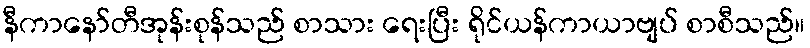
နီကာနော်တီအုန်းစုန်သည် စာသား ရေးပြီး ရိုင်ယန်ကာယာဗျပ် စာစီသည်။